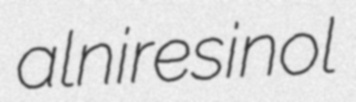
alniresinol